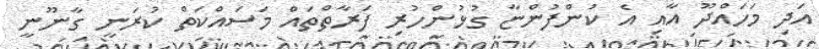
އަދި މަހައްދޫ އާއި އެ ކުންފުންޏާ ގުޅުންހުރި ފަރާތްތައް މަސައްކަތް ކުރަނީ ގާނޫނީ